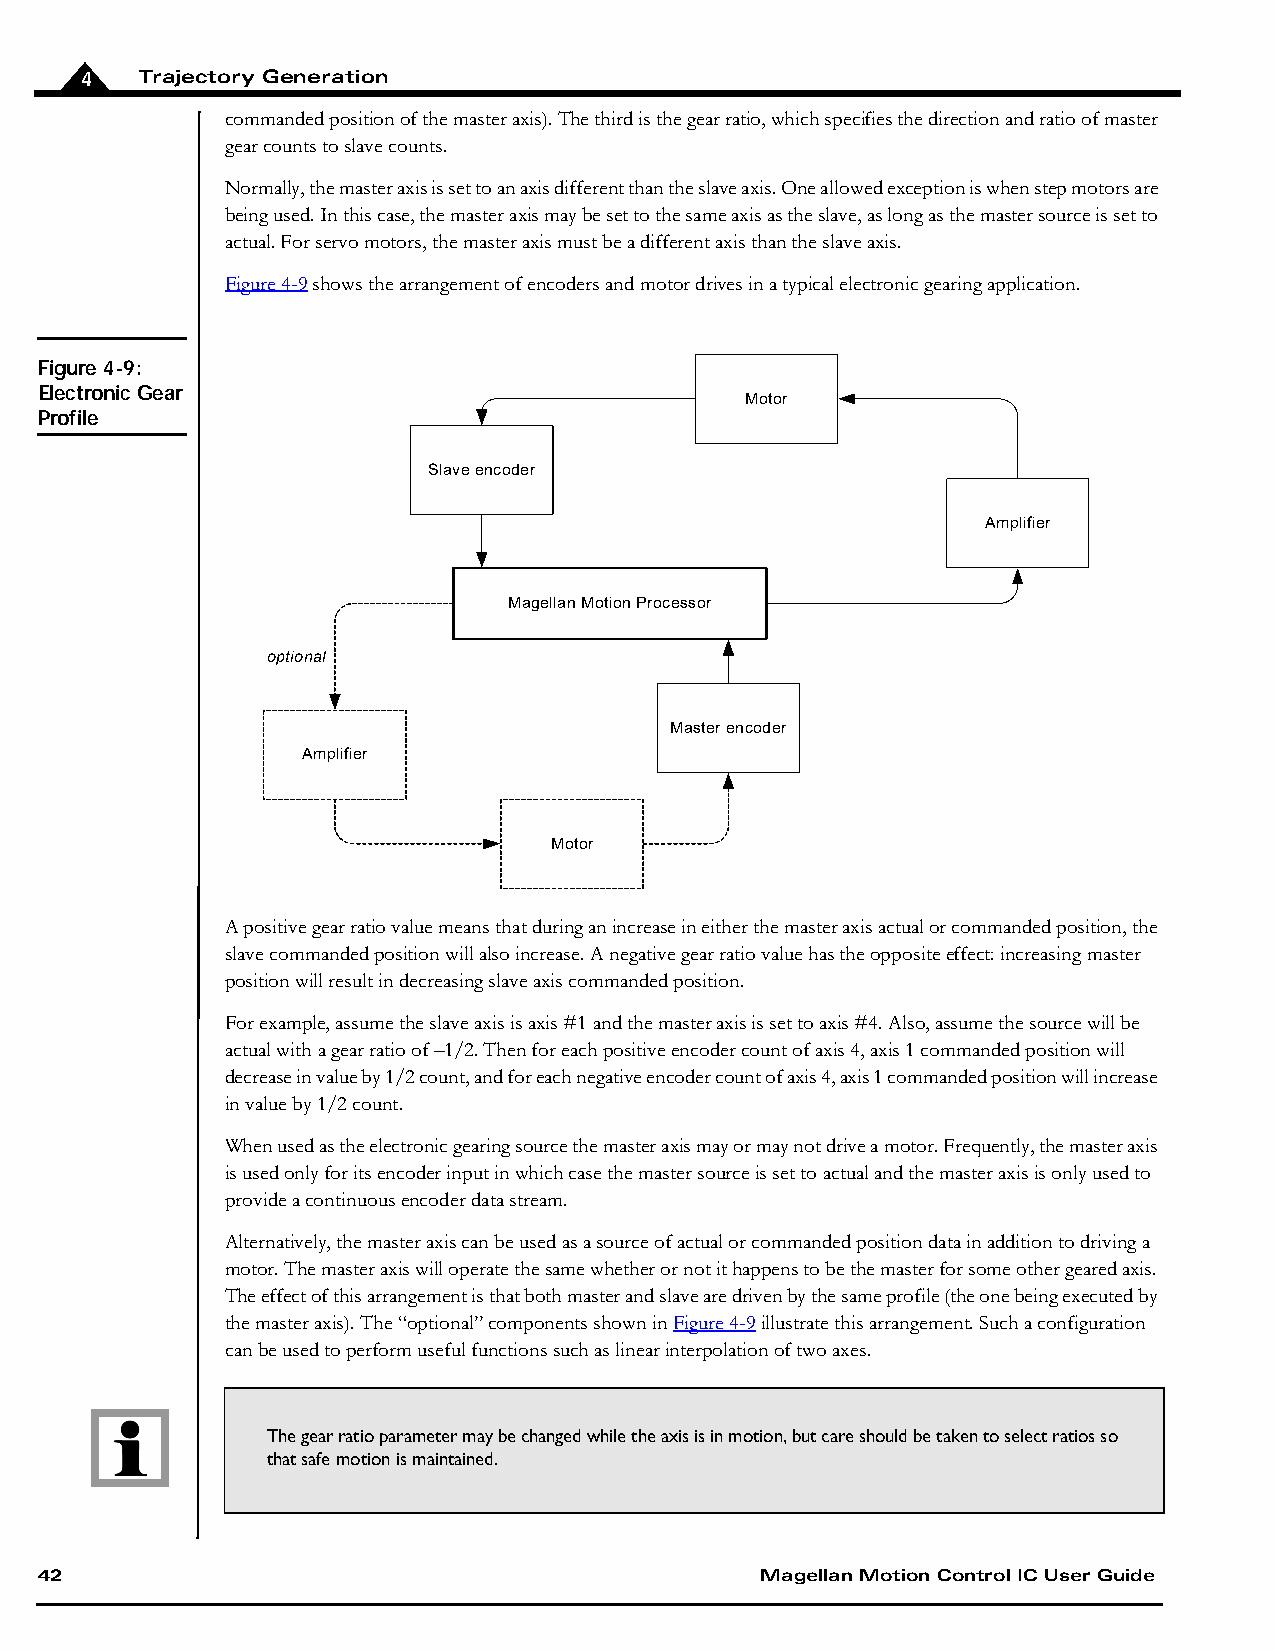
4   Trajectory Generation
 commanded position of the master axis). The third is the gear ratio, which specifies the direction and ratio of master
 gear counts to slave counts.
 Normally, the master axis is set to an axis different than the slave axis. One allowed exception is when step motors are
 being used. In this case, the master axis may be set to the same axis as the slave, as long as the master source is set to
 actual. For servo motors, the master axis must be a different axis than the slave axis.
 Figure4-9 shows the arrangement of encoders and motor drives in a typical electronic gearing application.
 Figure 4-9:
 Electronic Gear
 Motor
 Profile
 Slave encoder
 Amplifier
 Magellan Motion Processor
 optional
 Master encoder
 Amplifier
 Motor
 A positive gear ratio value means that during an increase in either the master axis actual or commanded position, the
 slave commanded position will also increase. A negative gear ratio value has the opposite effect: increasing master
 position will result in decreasing slave axis commanded position.
 For example, assume the slave axis is axis #1 and the master axis is set to axis #4. Also, assume the source will be
 actual with a gear ratio of –1/2. Then for each positive encoder count of axis 4, axis 1 commanded position will
 decrease in value by 1/2 count, and for each negative encoder count of axis 4, axis 1 commanded position will increase
 in value by 1/2 count.
 When used as the electronic gearing source the master axis may or may not drive a motor. Frequently, the master axis
 is used only for its encoder input in which case the master source is set to actual and the master axis is only used to
 provide a continuous encoder data stream.
 Alternatively, the master axis can be used as a source of actual or commanded position data in addition to driving a
 motor. The master axis will operate the same whether or not it happens to be the master for some other geared axis.
 The effect of this arrangement is that both master and slave are driven by the same profile (the one being executed by
 the master axis). The “optional” components shown in Figure 4-9 illustrate this arrangement. Such a configuration
 can be used to perform useful functions such as linear interpolation of two axes.
 The gear ratio parameter may be changed while the axis is in motion, but care should be taken to select ratios so
 that safe motion is maintained.
 42                                              Magellan Motion Control IC User Guide